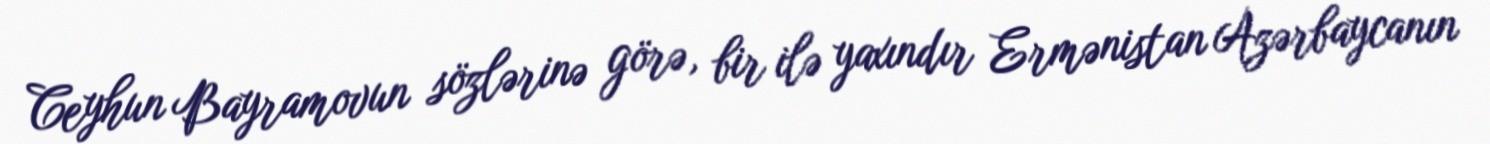
Ceyhun Bayramovun sözlərinə görə, bir ilə yaxındır Ermənistan Azərbaycanın